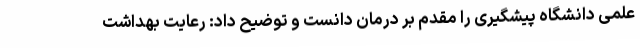
علمی دانشگاه پیشگیری را مقدم بر درمان دانست و توضیح داد: رعایت بهداشت